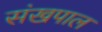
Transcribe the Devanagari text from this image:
संखपाल